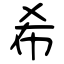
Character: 希